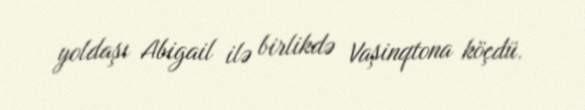
yoldaşı Abigail ilə birlikdə Vaşinqtona köçdü.